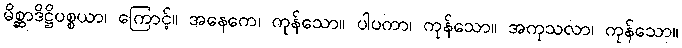
မိစ္ဆာဒိဋ္ဌိပစ္စယာ၊ ကြောင့်။ အနေကေ၊ ကုန်သော။ ပါပကာ၊ ကုန်သော။ အကုသလာ၊ ကုန်သော။